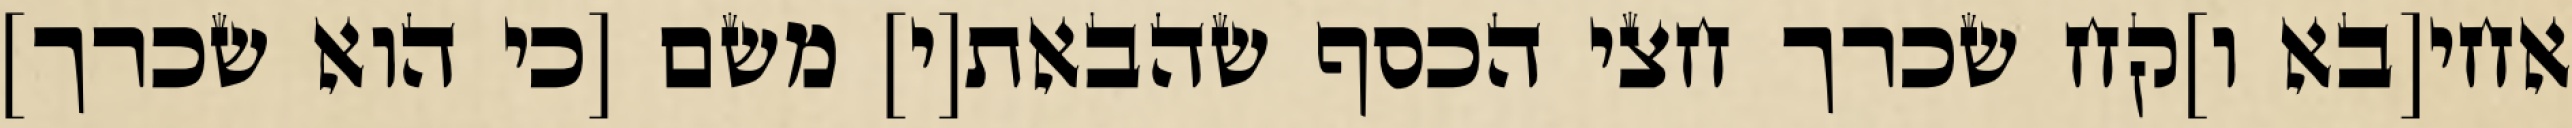
אחי[בא ו]קח שכרך חצי הכסף שהבאת[י] משם [כי הוא שכרך]